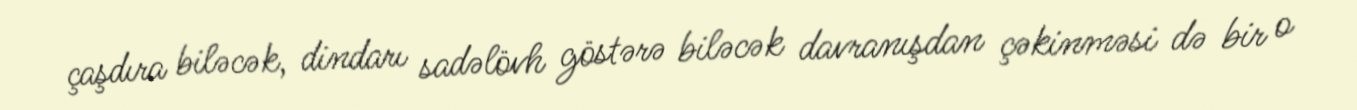
çaşdıra biləcək, dindarı sadəlövh göstərə biləcək davranışdan çəkinməsi də bir o